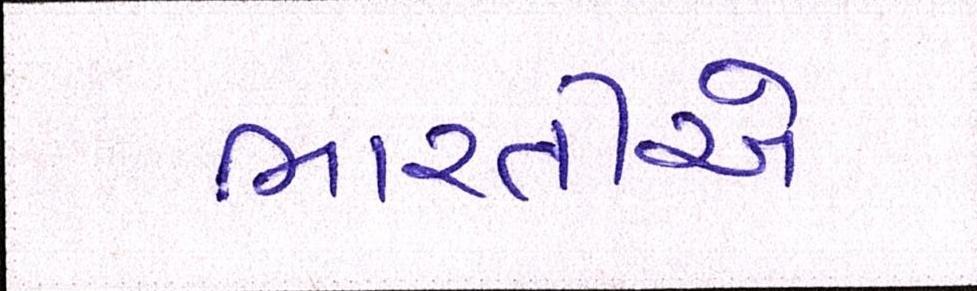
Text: ભારતીએ